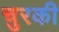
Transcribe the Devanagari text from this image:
चुरकी